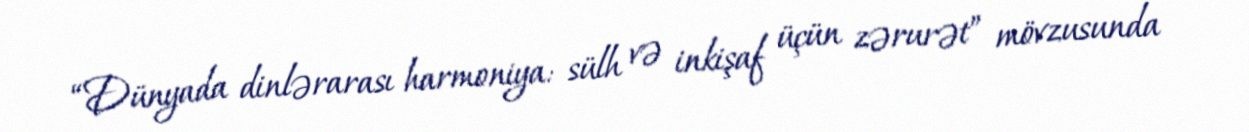
“Dünyada dinlərarası harmoniya: sülh və inkişaf üçün zərurət” mövzusunda